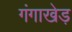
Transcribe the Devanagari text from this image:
गंगाखेड़